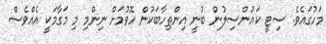
މަހުގައެވެ. ސިޓީ ކައުންސިލުން ބުނީ އިންތިހާބަކުން ހޮވުމަށް ނިންމި މި މަގާމަކީ އެއްވެސް